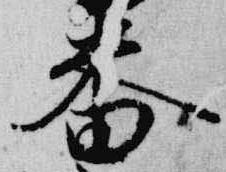
番